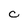
Character: C